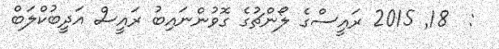
:  18